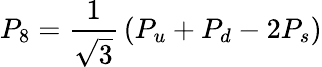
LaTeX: P_{8}={\frac{1}{\sqrt 3}}\left(P_{u}+P_{d}-2P_{s}\right)